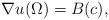
LaTeX: \begin{align*}\nabla u (\Omega) = B(c),\end{align*}